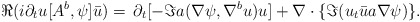
\begin{align*} \Re(i \partial_t u [A^b,\psi]\bar u)= \, \partial_t [-\Im a(\nabla \psi,{\nabla^b u}) u] + \nabla\cdot \{\Im(u_t \bar u a \nabla \psi)\}. \end{align*}